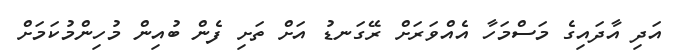
އަދި އާދައިގެ މަސްމަހާ އެއްވަރަށް ރޭގަނޑު އަށް ތަށި ފެން ބުއިން މުހިންމުކަމަށް